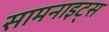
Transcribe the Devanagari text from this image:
सामनाइट्स